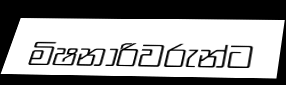
මිෂනාරිවරුන්ට